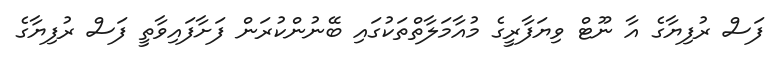
ފަސް ރުފިޔާގެ އާ ނޫޓް ވިޔަފާރީގެ މުއާމަލާތްތަކުގައި ބޭނުންކުރަން ފަށާފައިވާތީ ފަސް ރުފިޔާގެ